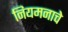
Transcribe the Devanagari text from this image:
नियमनाचे